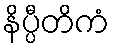
နိပ္ပီတိကံ